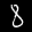
Label: 8